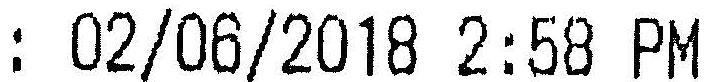
: 02/06/2018 2:58 PM